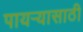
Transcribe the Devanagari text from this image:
पायऱ्यासाठी